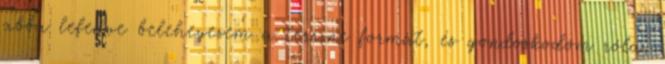
abba lefedve beleheyezem a terrine formát, és gondoskodom róla,